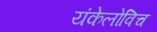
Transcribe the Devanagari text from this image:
यंकेलोविच